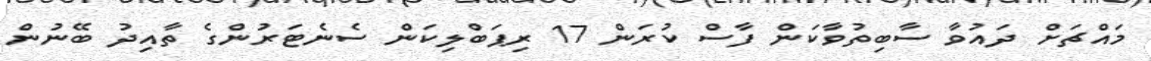
މައްޗަށް ދައުވާ ސާބިތުވާކަން ފާސް ކުރަން 17 ރިޕަބްލިކަން ސެނެޓަރުންގެ ތާއިދު ބޭނުން